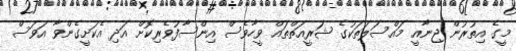
މީގެ އިތުރުން ޖިނާއީ މައްސަލަތަކުގެ ޝަރީއަތްތައް ވީހާވެސް އިންސާފުވެރިކޮށް އަދި އެކަށީގެންވާ އަވަސް